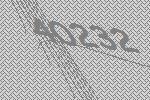
40232